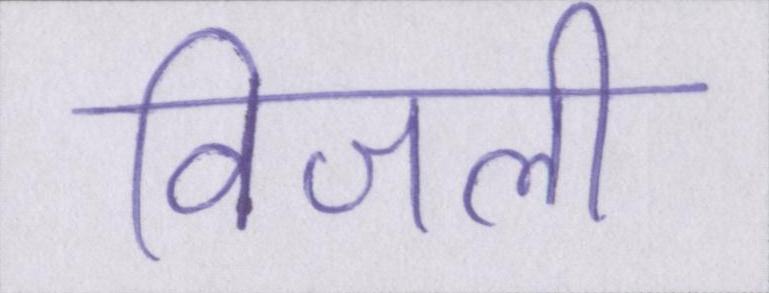
विजली